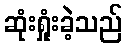
ဆုံးရှုံးခဲ့သည်